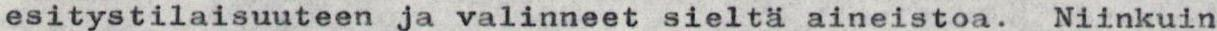
esitystilaisuuteen ja valinneet sieltä aineistoa. Niinkuin